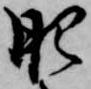
肥